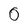
Character: 0